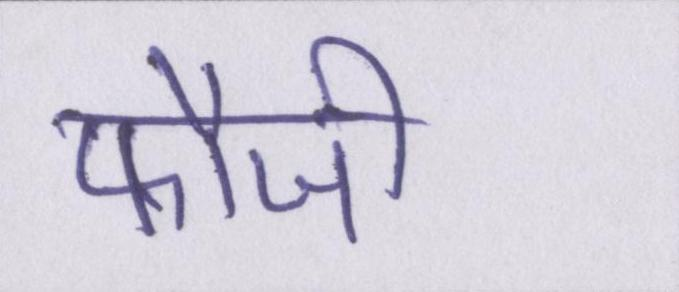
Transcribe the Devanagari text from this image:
फौजी